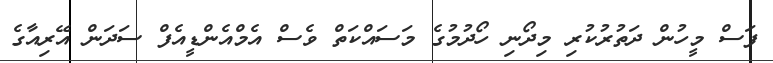
ފަސް މީހުން ދަތުރުކުރި މިދޯނި ހޯދުމުގެ މަސައްކަތް ވެސް އެމްއެންޑީއެފް ސަދަން އޭރިއާގެ